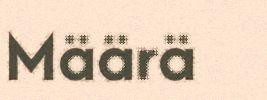
Määrä